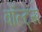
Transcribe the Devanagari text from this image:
बॉल्ट्स